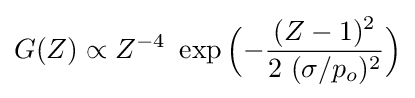
G(Z)\propto Z^{-4}\ \exp {\Big (}{-{\dfrac {(Z-1)^{2}}{2\ (\sigma /p_{o})^{2}}}}{\Big )}